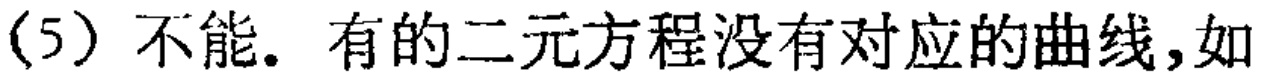
(5) 不能. 有的二元方程没有对应的曲线,如